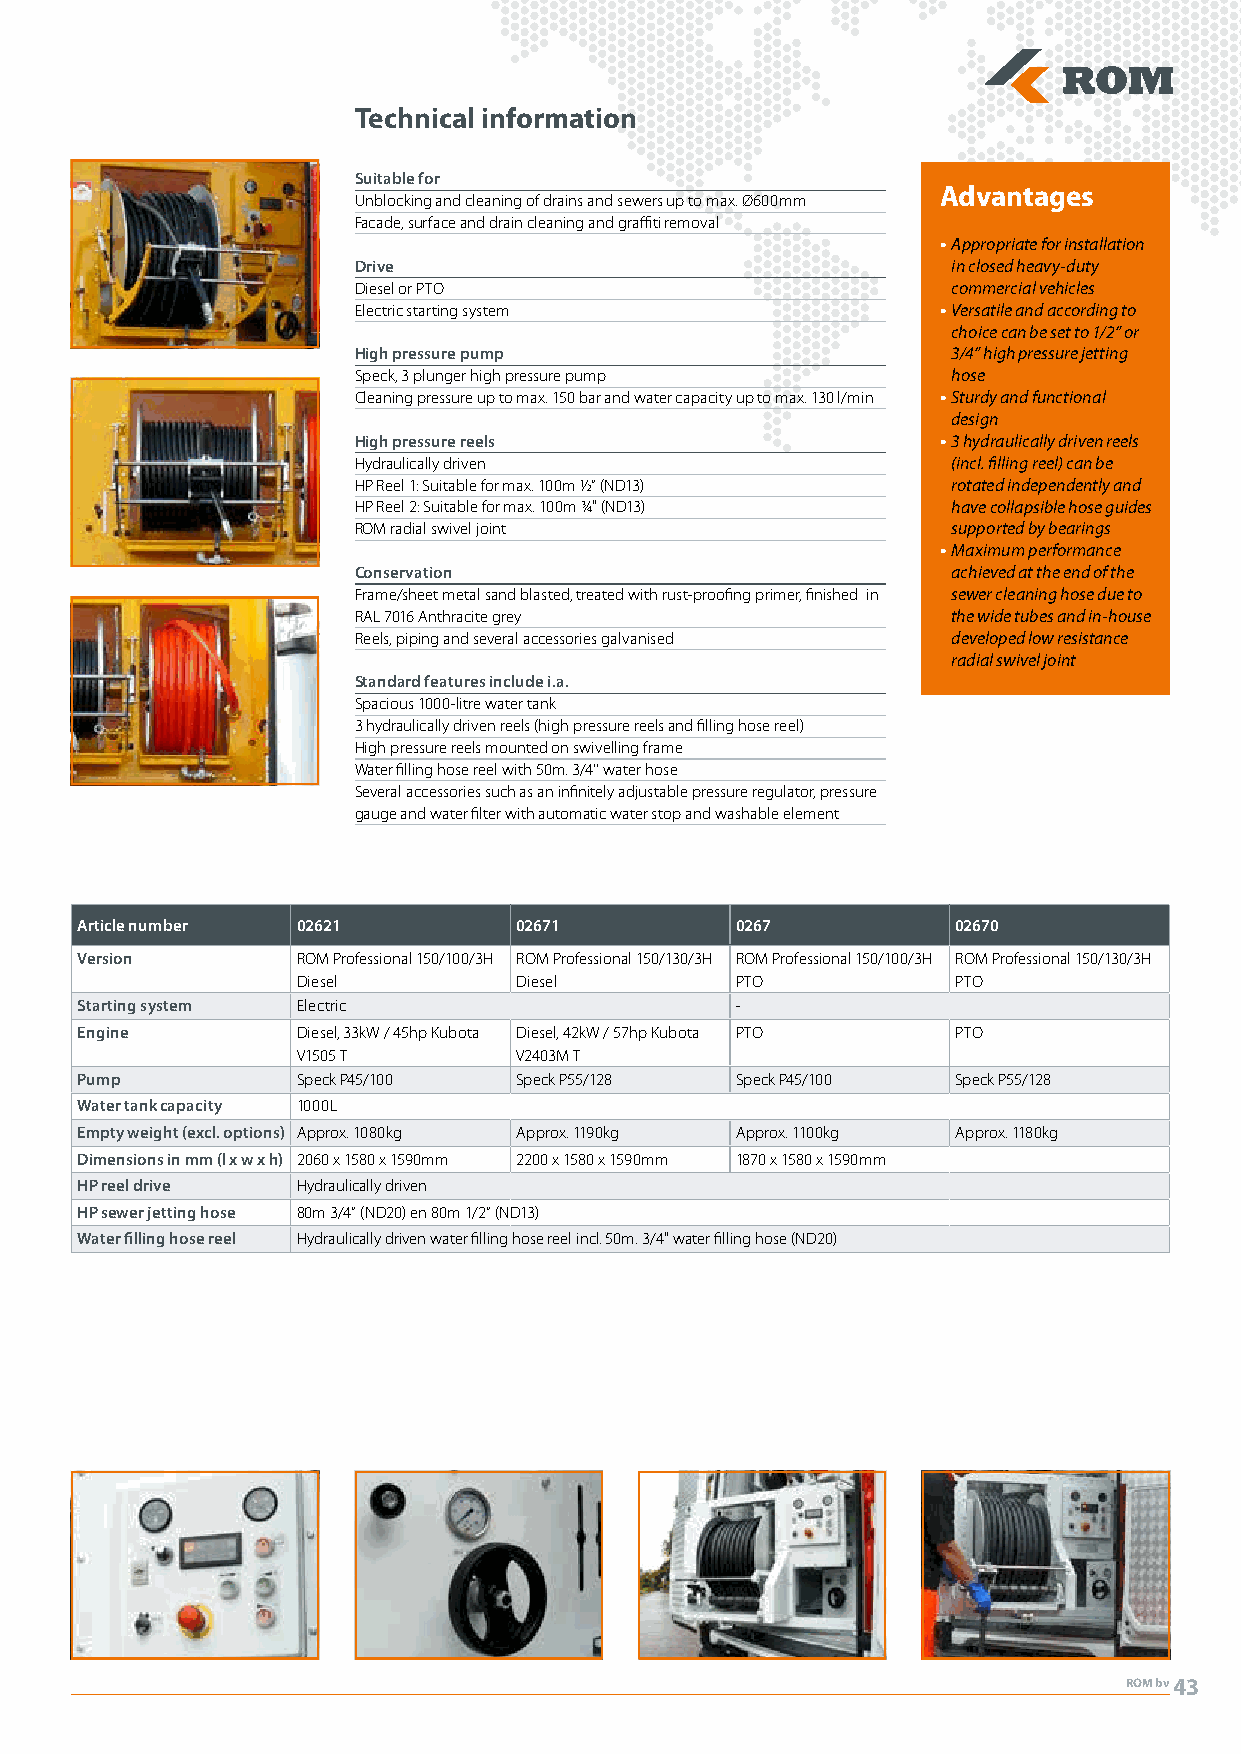
Technical information
 Suitable for
 Advantages
 Unblocking and cleaning of drains and sewers up to max. Ø600mm
 Facade, surface and drain cleaning and graffiti removal
 • Appropriate for installation
 Drive                                   in closed heavy-duty
 Diesel or PTO                           commercial vehicles
 Electric starting system               • Versatile and according to
 choice can be set to 1/2” or
 High pressure pump                      3/4” high pressure jetting
 Speck, 3 plunger high pressure pump     hose
 Cleaning pressure up to max. 150 bar and water capacity up to max. 130 l/min • Sturdy and functional
 design
 High pressure reels                    • 3 hydraulically driven reels
 Hydraulically driven                    (incl. filling reel) can be
 HP Reel 1: Suitable for max. 100m ½” (ND13) rotated independently and
 HP Reel 2: Suitable for max. 100m ¾" (ND13) have collapsible hose guides
 ROM radial swivel joint                 supported by bearings
 • Maximum performance
 Conservation                            achieved at the end of the
 Frame/sheet metal sand blasted, treated with rust-proofing primer, finished in sewer cleaning hose due to
 RAL 7016 Anthracite grey                the wide tubes and in-house
 Reels, piping and several accessories galvanised developed low resistance
 radial swivel joint
 Standard features include i.a.
 Spacious 1000-litre water tank
 3 hydraulically driven reels (high pressure reels and filling hose reel)
 High pressure reels mounted on swivelling frame
 Water filling hose reel with 50m. 3/4’’ water hose
 Several accessories such as an infinitely adjustable pressure regulator, pressure
 gauge and water filter with automatic water stop and washable element
 Article number 02621         02671          0267          02670
 Version        ROM Professional 150/100/3H ROM Professional 150/130/3H ROM Professional 150/100/3H ROM Professional 150/130/3H
 Diesel        Diesel         PTO           PTO
 Starting system Electric                    -
 Engine         Diesel, 33kW / 45hp Kubota Diesel, 42kW / 57hp Kubota PTO PTO
 V1505 T       V2403M T
 Pump           Speck P45/100 Speck P55/128  Speck P45/100 Speck P55/128
 Water tank capacity 1000L
 Empty weight (excl. options) Approx. 1080kg Approx. 1190kg Approx. 1100kg Approx. 1180kg
 Dimensions in mm (l x w x h) 2060 x 1580 x 1590mm 2200 x 1580 x 1590mm 1870 x 1580 x 1590mm
 HP reel drive  Hydraulically driven
 HP sewer jetting hose 80m 3/4” (ND20) en 80m 1/2” (ND13)
 Water filling hose reel Hydraulically driven water filling hose reel incl. 50m. 3/4" water filling hose (ND20)
 ROM bv43